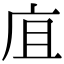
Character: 㡹